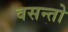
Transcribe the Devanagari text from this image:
वसन्तो